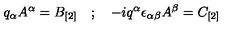
q _ { \alpha } A ^ { \alpha } = B _ { [ 2 ] } \quad ; \quad - i q ^ { \alpha } \epsilon _ { \alpha \beta } A ^ { \beta } = C _ { [ 2 ] }